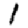
Digit: 1